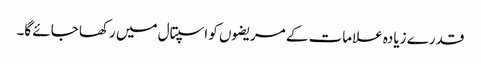
قدرے زیادہ علامات کے مریضوں کو اسپتال میں رکھا جائے گا۔